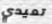
تعيدي